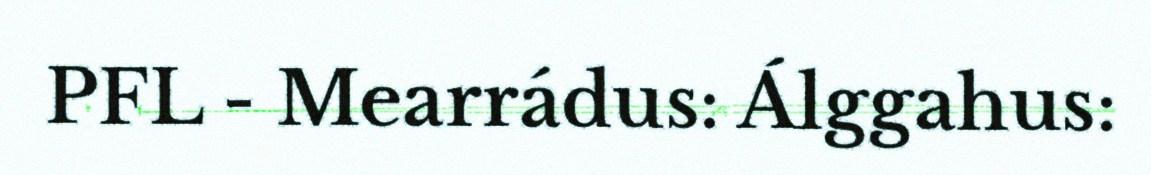
PFL - Mearrádus: Álggahus: